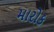
મારોક